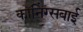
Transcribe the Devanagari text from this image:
कॉनिंग्सबाई